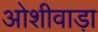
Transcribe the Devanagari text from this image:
ओशीवाड़ा